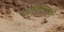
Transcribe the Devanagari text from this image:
परासूक्ष्मकणों